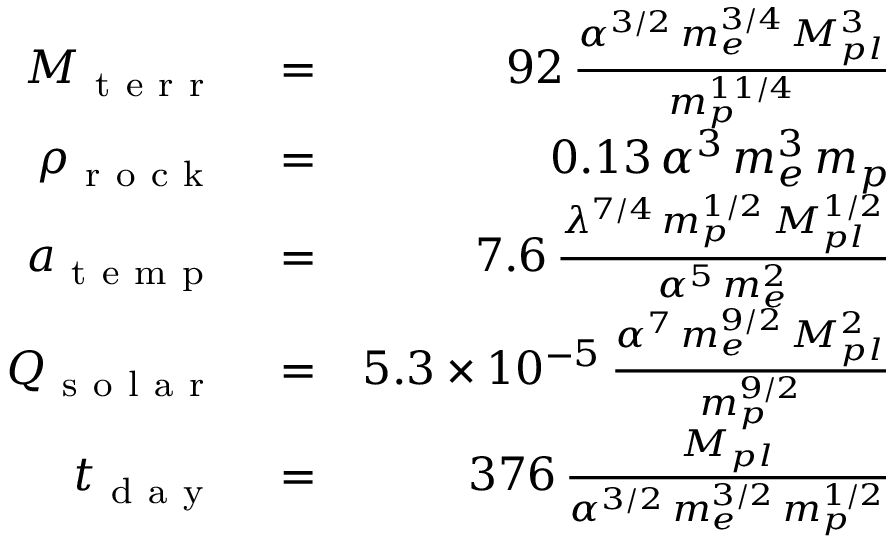
\begin{array} { r l r } { M _ { \mathrm { ~ t ~ e ~ r ~ r ~ } } } & { { } = } & { 9 2 \, \frac { \alpha ^ { 3 / 2 } \, m _ { e } ^ { 3 / 4 } \, M _ { p l } ^ { 3 } } { m _ { p } ^ { 1 1 / 4 } } } \\ { \rho _ { \mathrm { ~ r ~ o ~ c ~ k ~ } } } & { { } = } & { 0 . 1 3 \, \alpha ^ { 3 } \, m _ { e } ^ { 3 } \, m _ { p } } \\ { a _ { \mathrm { ~ t ~ e ~ m ~ p ~ } } } & { { } = } & { 7 . 6 \, \frac { \lambda ^ { 7 / 4 } \, m _ { p } ^ { 1 / 2 } \, M _ { p l } ^ { 1 / 2 } } { \alpha ^ { 5 } \, m _ { e } ^ { 2 } } } \\ { Q _ { \mathrm { ~ s ~ o ~ l ~ a ~ r ~ } } } & { { } = } & { 5 . 3 \times 1 0 ^ { - 5 } \, \frac { \alpha ^ { 7 } \, m _ { e } ^ { 9 / 2 } \, M _ { p l } ^ { 2 } } { m _ { p } ^ { 9 / 2 } } } \\ { t _ { \mathrm { ~ d ~ a ~ y ~ } } } & { { } = } & { 3 7 6 \, \frac { M _ { p l } } { \alpha ^ { 3 / 2 } \, m _ { e } ^ { 3 / 2 } \, m _ { p } ^ { 1 / 2 } } } \end{array}